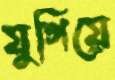
যুগিয়ে